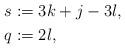
LaTeX: \begin{align*}s & := 3 k + j - 3l,\\q & := 2 l,\end{align*}